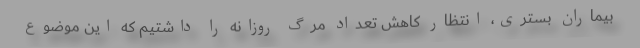
بیماران بستری، انتظار کاهش تعداد مرگ روزانه را داشتیم که این موضوع